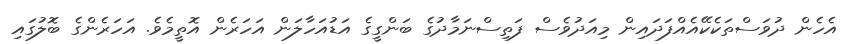
އެހެން ދުވަސްތަކެކޭއެއްފަދައިން މިއަދުވެސް ފަތިސްނަމާދުގެ ބަންގީގެ އަޑުއަހާލަން އަހަރެން އޮތީމެވެ. އަހަރެންގެ ބޮލުގައި